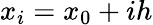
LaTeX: x_{i}=x_{0}+ih